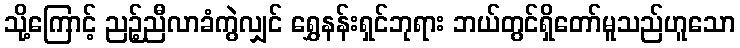
သို့ကြောင့် ညဉ့်ညီလာခံကွဲလျှင် ရွှေနန်းရှင်ဘုရား ဘယ်တွင်ရှိတော်မူသည်ဟူသော